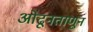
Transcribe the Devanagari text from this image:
ओढूनताणून